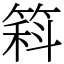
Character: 䈖